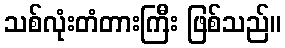
သစ်လုံးတံတားကြီး ဖြစ်သည်။